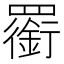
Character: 𦌫